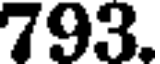
793.